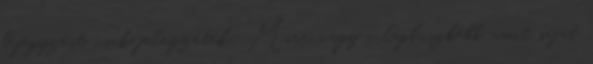
bejegyzést, csak jelezzétek: Mire vagy a legbüszkébb, amit saját